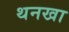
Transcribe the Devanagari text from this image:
थनखा